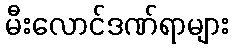
မီးလောင်ဒဏ်ရာများ